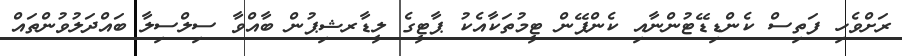
ރަށްވެހި ފަތިސް ކެންޑިޑޭޓުންނާއި ކެންޕޭން ޓީމުތަކާއެކު ޕާޓީގެ ލީޑާރޝިޕުން ބާއްވާ ސިލްސިލާ ބައްދަލުވުންތައް